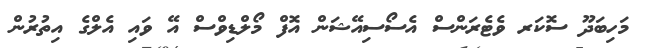
މަހިބަދޫ ސޮކަރ ވެޓެރަންސް އެސޯސިއޭޝަން އޮފް މޯލްޑިވްސް އޭ ވައި އެލްގެ އިތުރުން